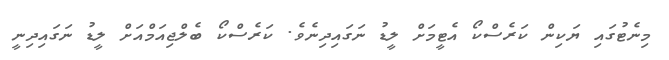
މިނެޓުގައި ޔަކިން ކަރެސްކޯ އެޓީމަށް ލީޑު ނަގައިދިނެވެ. ކަރެސްކޯ ބެލްޖިއަމްއަށް ލީޑު ނަގައިދިނީ